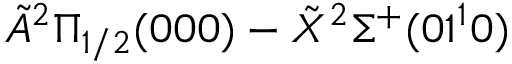
\tilde { A } ^ { 2 } \Pi _ { 1 / 2 } ( 0 0 0 ) - \tilde { X } ^ { 2 } \Sigma ^ { + } ( 0 1 ^ { 1 } 0 )